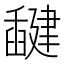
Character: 𰯻